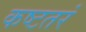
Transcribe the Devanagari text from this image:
कष्टतरं